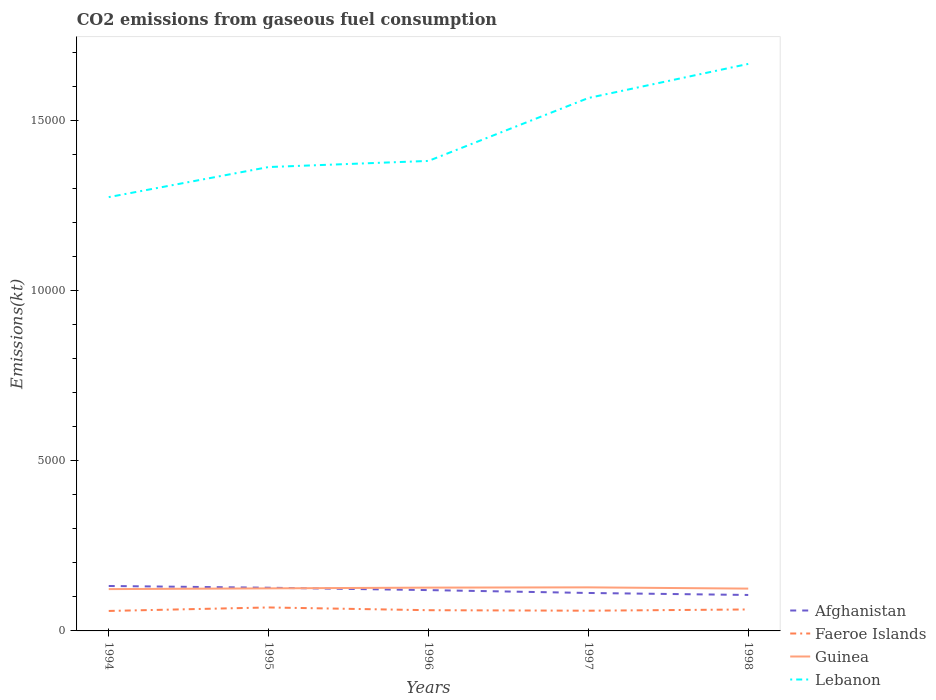
| Years | Afghanistan | Faeroe Islands | Guinea | Lebanon |
 | --- | --- | --- | --- | --- |
 | 1994 | 1.32e+03 | 587 | 1.23e+03 | 1.27e+04 |
 | 1995 | 1.27e+03 | 689 | 1.25e+03 | 1.36e+04 |
 | 1996 | 1.2e+03 | 609 | 1.27e+03 | 1.38e+04 |
 | 1997 | 1.11e+03 | 594 | 1.28e+03 | 1.57e+04 |
 | 1998 | 1.06e+03 | 631 | 1.24e+03 | 1.67e+04 |